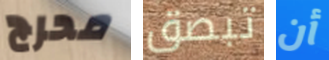
محرج تبصق أن